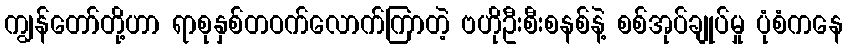
ကျွန်တော်တို့ဟာ ရာစုနှစ်တဝက်လောက်ကြာတဲ့ ဗဟိုဦးစီးစနစ်နဲ့ စစ်အုပ်ချုပ်မှု ပုံစံကနေ